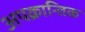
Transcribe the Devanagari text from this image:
अपक्रान्तिक